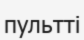
пультті